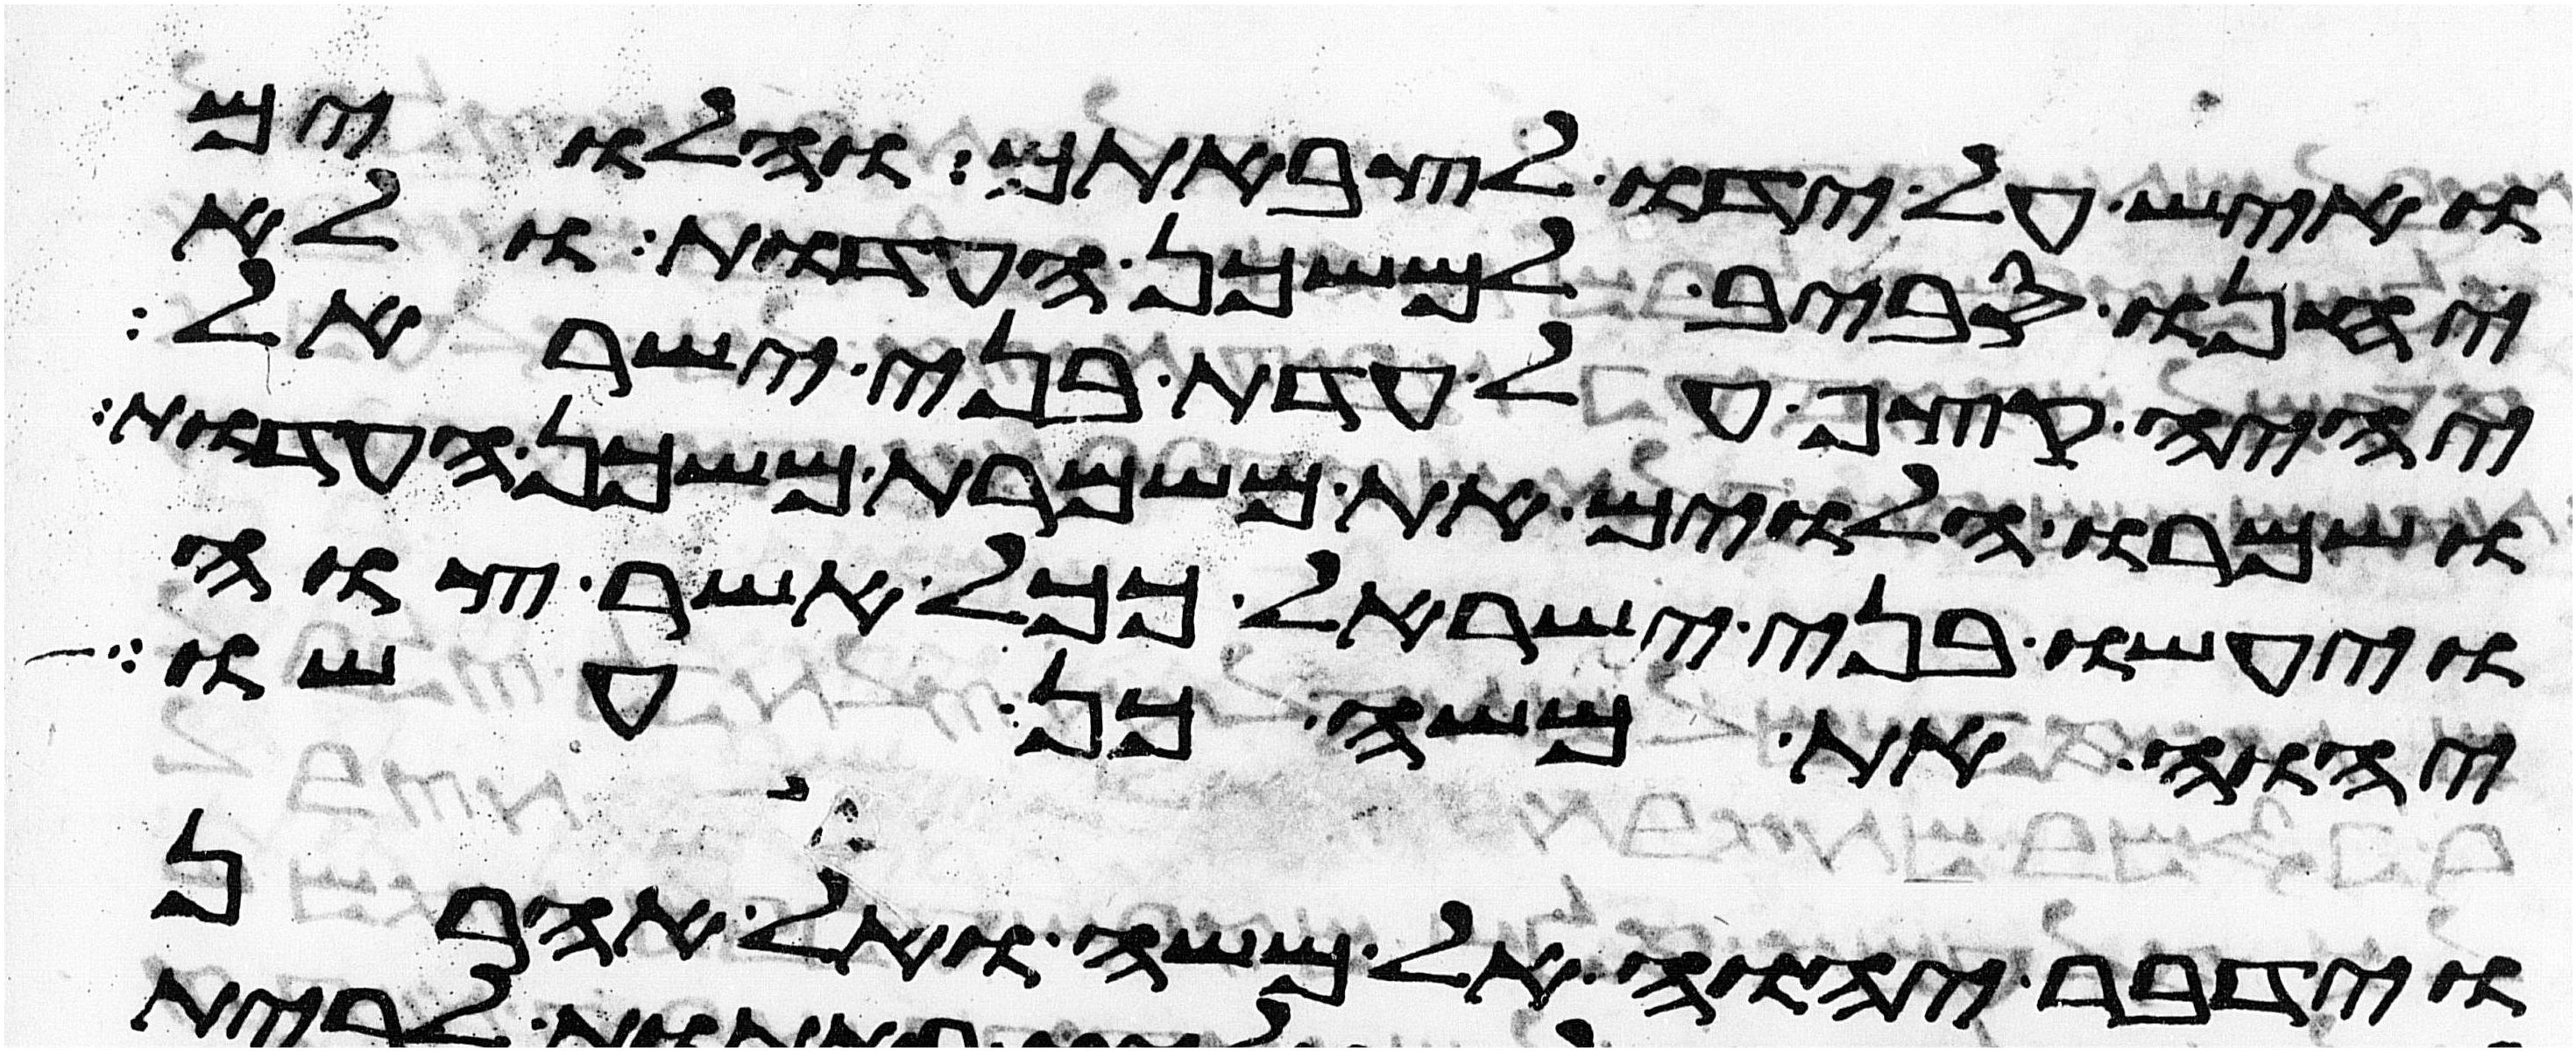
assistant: ואיש על ידו לצבאתם והלוים
יחנו סביב למשכן העדות ולא
יהיה קצף על עדת בני ישראל
ושמרו הלוים את משמרת משכן העדות
ויעשו בני ישראל ככל אשר צוה
יהוה את משה כן עשו
וידבר יהוה אל משה ואל אהרן